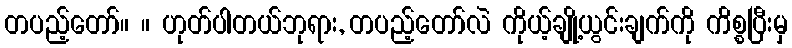
တပည့်တော်။ ။ ဟုတ်ပါတယ်ဘုရား, တပည့်တော်လဲ ကိုယ့်ချို့ယွင်းချက်ကို ကိစ္စပြီးမှ